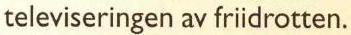
televiseringen av friidrotten.